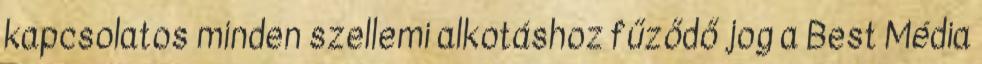
kapcsolatos minden szellemi alkotáshoz fűződő jog a Best Média